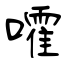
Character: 嚯